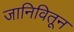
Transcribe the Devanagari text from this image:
जानिवितून